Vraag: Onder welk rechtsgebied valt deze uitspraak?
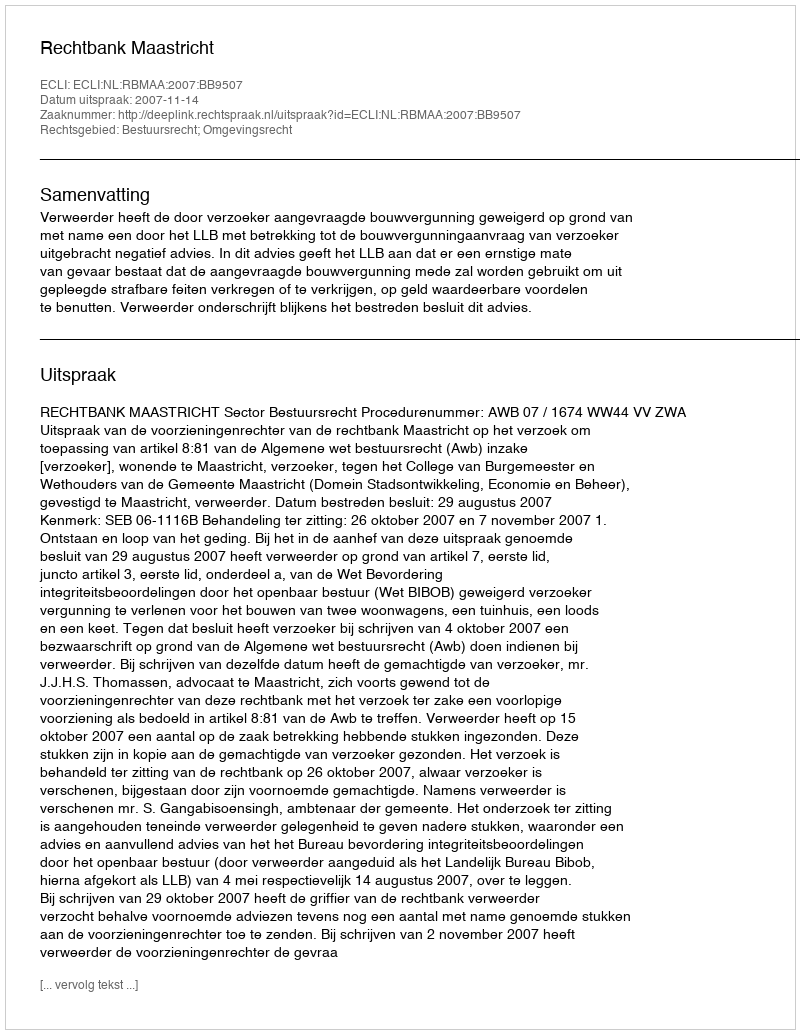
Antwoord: Bestuursrecht; Omgevingsrecht